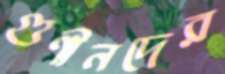
গুণীনদের